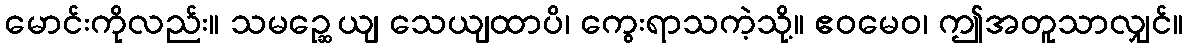
မောင်းကိုလည်း။ သမဉ္ဆေယျ သေယျထာပိ၊ ကွေးရာသကဲ့သို့။ ဧဝမေဝ၊ ဤအတူသာလျှင်။